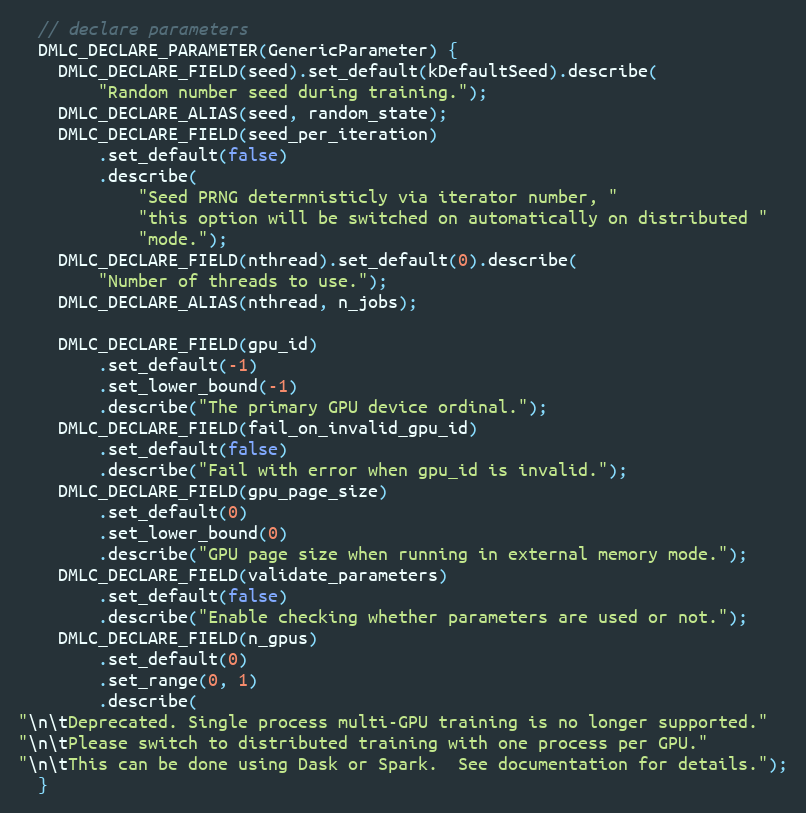
Language: C
  // declare parameters
  DMLC_DECLARE_PARAMETER(GenericParameter) {
    DMLC_DECLARE_FIELD(seed).set_default(kDefaultSeed).describe(
        "Random number seed during training.");
    DMLC_DECLARE_ALIAS(seed, random_state);
    DMLC_DECLARE_FIELD(seed_per_iteration)
        .set_default(false)
        .describe(
            "Seed PRNG determnisticly via iterator number, "
            "this option will be switched on automatically on distributed "
            "mode.");
    DMLC_DECLARE_FIELD(nthread).set_default(0).describe(
        "Number of threads to use.");
    DMLC_DECLARE_ALIAS(nthread, n_jobs);

    DMLC_DECLARE_FIELD(gpu_id)
        .set_default(-1)
        .set_lower_bound(-1)
        .describe("The primary GPU device ordinal.");
    DMLC_DECLARE_FIELD(fail_on_invalid_gpu_id)
        .set_default(false)
        .describe("Fail with error when gpu_id is invalid.");
    DMLC_DECLARE_FIELD(gpu_page_size)
        .set_default(0)
        .set_lower_bound(0)
        .describe("GPU page size when running in external memory mode.");
    DMLC_DECLARE_FIELD(validate_parameters)
        .set_default(false)
        .describe("Enable checking whether parameters are used or not.");
    DMLC_DECLARE_FIELD(n_gpus)
        .set_default(0)
        .set_range(0, 1)
        .describe(
"\n\tDeprecated. Single process multi-GPU training is no longer supported."
"\n\tPlease switch to distributed training with one process per GPU."
"\n\tThis can be done using Dask or Spark.  See documentation for details.");
  }